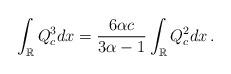
LaTeX: \begin{align*} \int_{\mathbb R} Q_c^3dx=\frac{6\alpha c}{3\alpha-1} \int_{\mathbb R} Q_c^2 dx \, .\end{align*}